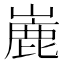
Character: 𪩏